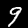
Label: 9